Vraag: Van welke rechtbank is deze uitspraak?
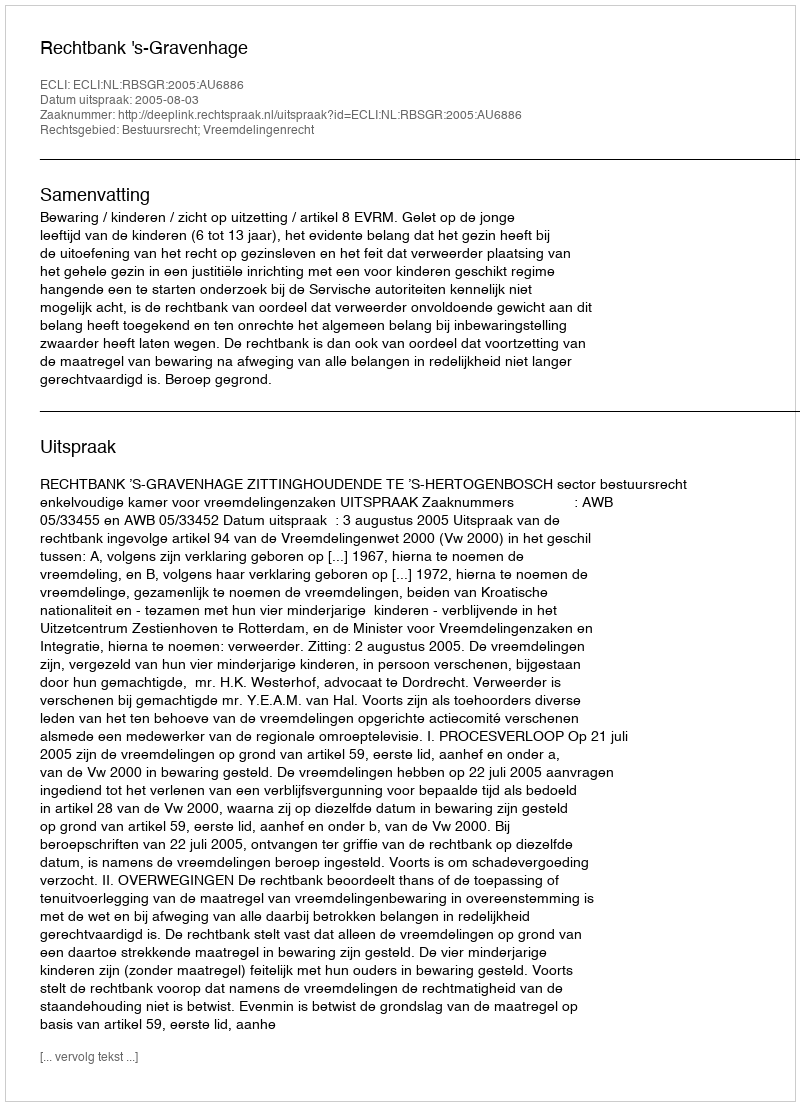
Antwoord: Rechtbank 's-Gravenhage